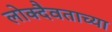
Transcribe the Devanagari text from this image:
लोक्दैवताच्या